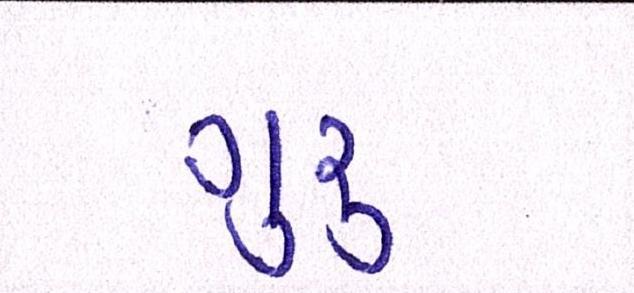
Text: ગુરૃ